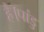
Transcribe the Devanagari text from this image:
है।पांडु